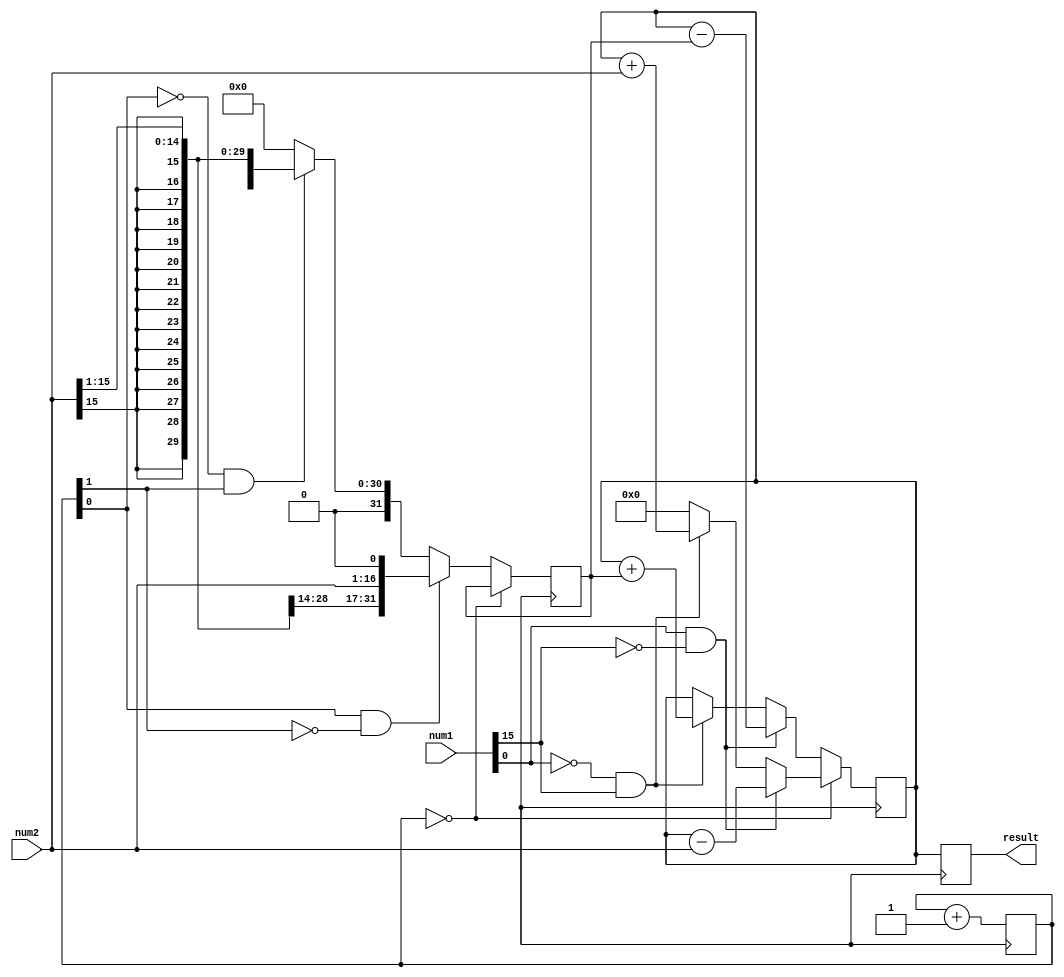
module booth_multiplier (
    input signed [15:0] num1,
    input signed [15:0] num2,
    output reg signed [31:0] result
);

reg [31:0] accumulation;
reg [4:0] count;
wire [31:0] partial_product;

always @ (posedge clk) begin
    if (count == 0) begin
        accumulation <= 0;
        count <= 0;
        
        if (num1[0] == 1 && num1[15] == 0) begin
            accumulation <= accumulation - num2;
        end
        else if (num1[0] == 0 && num1[15] == 1) begin
            accumulation <= accumulation + num2;
        end
    end
    else begin
        if (count[0] == 1 && count[1] == 0) begin
            partial_product <= num2 << 1;
        end
        else if (count[0] == 0 && count[1] == 1) begin
            partial_product <= num2 >> 1;
        end
        else begin
            partial_product <= 0;
        end
        
        if (num1[0] == 1 && num1[15] == 0) begin
            accumulation <= accumulation - partial_product;
        end
        else if (num1[0] == 0 && num1[15] == 1) begin
            accumulation <= accumulation + partial_product;
        end
    end
    
    count <= count + 1;
    result <= accumulation;
end

endmodule